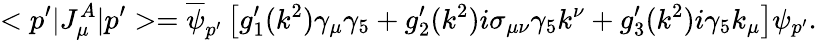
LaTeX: <p^{\prime}|J_{\mu}^{A}|p^{\prime}>=\overline{{\psi}}_{p^{\prime}}\left[g_{1}^{\prime}(k^{2})\gamma_{\mu}\gamma_{5}+g_{2}^{\prime}(k^{2})i\sigma_{\mu\nu}\gamma_{5}k^{\nu}+g_{3}^{\prime}(k^{2})i\gamma_{5}k_{\mu}\right]\psi_{p^{\prime}}.